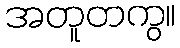
အတူတကွ။